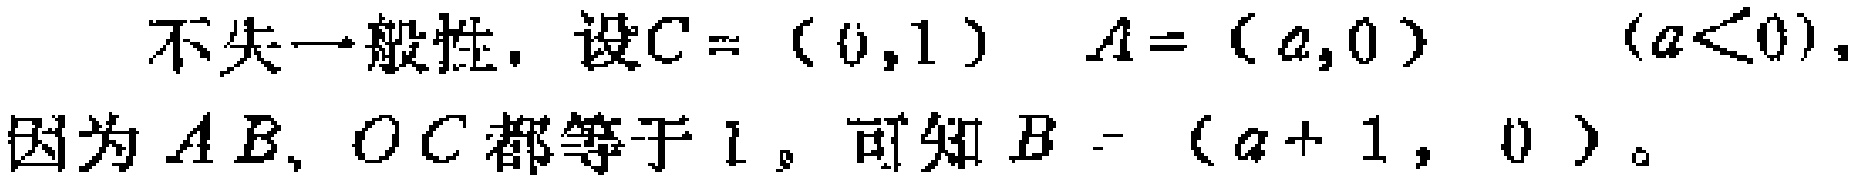
不失一般性，设\(C=(0,1)\) \(A=(a,0)\) \((a<0)\)，因为\(AB\)、\(OC\)都等于\(1\)，可知\(B=(a + 1,0)\)。